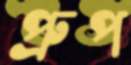
প্রুপ